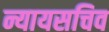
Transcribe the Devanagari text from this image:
न्यायसचिव